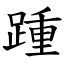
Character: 踵